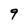
Character: 9